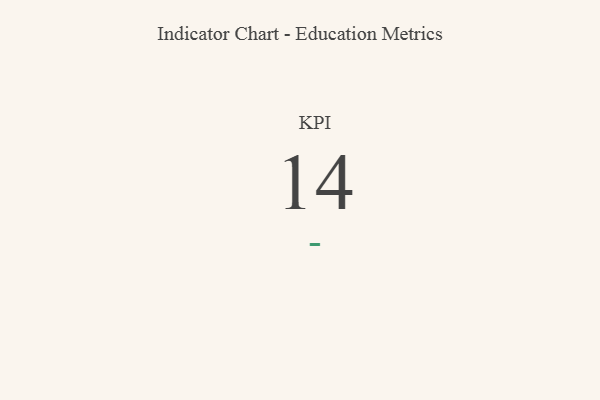
{"axis": {"x": "KPI", "y": "Value"}, "legend": [""], "data": [{"x": "KPI", "y": 14, "type": ""}]}